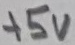
Text: +5V